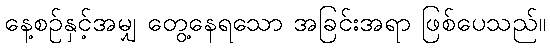
နေ့စဉ်နှင့်အမျှ တွေ့နေရသော အခြင်းအရာ ဖြစ်ပေသည်။